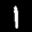
Label: 1